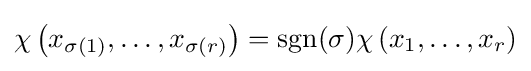
\chi \left(x_{\sigma (1)},\dots ,x_{\sigma (r)}\right)=\operatorname {sgn} (\sigma )\chi \left(x_{1},\dots ,x_{r}\right)